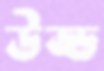
উড্ড